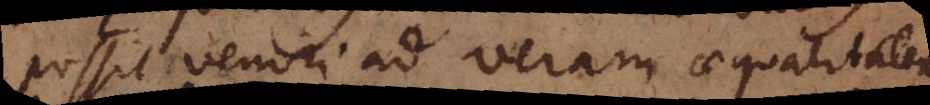
possit veniri ad veram aequalitatem;